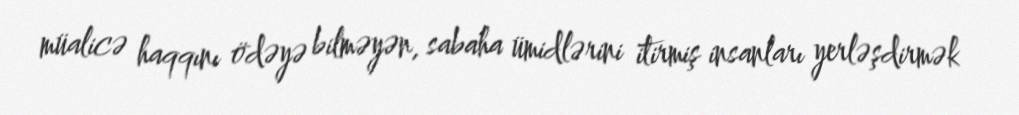
müalicə haqqını ödəyə bilməyən, sabaha ümidlərini itirmiş insanları yerləşdirmək